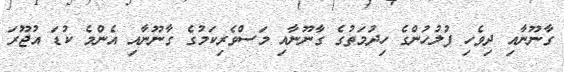
ގާނޫނާއި ދިވެހި ފުލުހުންގެ ހިދުމަތުގެ ގާނޫނާއި މަސްވެރިކަމުގެ ގާނޫނާއި އެންމެ ކުޑަ އުޖޫރަ